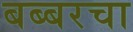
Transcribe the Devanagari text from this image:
बब्बरचा